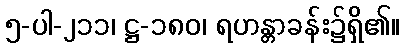
၅-ပါ-၂၁၁၊ ဋ္ဌ-၁၈၀၊ ရဟန္တာခန်း၌ရှိ၏။